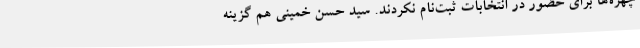
چهره‌ها برای حضور در انتخابات ثبت‌نام نکردند. سید حسن خمینی هم گزینه